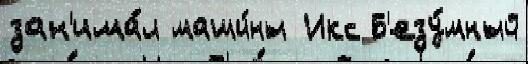
зан'има́л маши́ны Икс Б'езу́мный